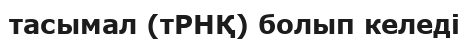
тасымал (тРНҚ) болып келеді